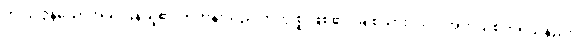
ကင်းလွန်သောအခါ ပြန်ယူ၏။ ရဟန်းသည် ကုက္ကုစ္စ ဖြစ်၏။ ချစ်သား၊ သင် အဘယ်စိတ်ရှိသနည်း။